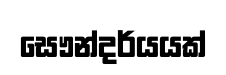
සෞන්දර්යයක්